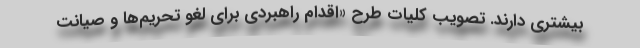
بیشتری دارند. تصویب کلیات طرح «اقدام راهبردی برای لغو تحریم‌ها و صیانت